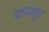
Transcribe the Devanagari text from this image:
शारदापुर